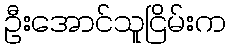
ဦးအောင်သူငြိမ်းက